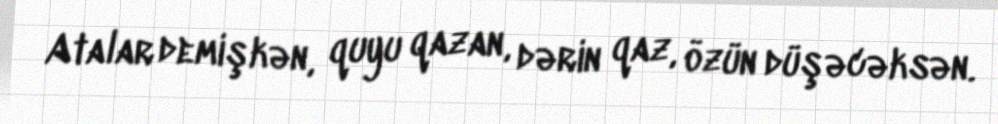
Atalar demişkən, quyu qazan, dərin qaz, özün düşəcəksən.